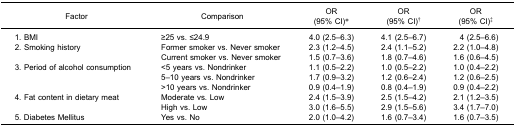
<table><thead><tr><td><b>Factor</b></td><td><b>Comparison</b></td><td><b>OR (95% CI)*</b></td><td><b>OR (95% CI)<sup>†</sup></b></td><td><b>OR (95% CI)<sup>‡</sup></b></td></tr></thead><tbody><tr><td>1. BMI</td><td>≥25 vs. ≤24.9</td><td>4.0 (2.5–6.3)</td><td>4.1 (2.5–6.7)</td><td>4 (2.5–6.6)</td></tr><tr><td>2. Smoking history</td><td>Former smoker vs. Never smoker</td><td>2.3 (1.2–4.5)</td><td>2.4 (1.1–5.2)</td><td>2.2 (1.0–4.8)</td></tr><tr><td> </td><td>Current smoker vs. Never smoker</td><td>1.5 (0.7–3.6)</td><td>1.8 (0.7–4.6)</td><td>1.6 (0.6–4.5)</td></tr><tr><td>3. Period of alcohol consumption</td><td>&lt;5 years vs. Nondrinker</td><td>1.1 (0.5–2.2)</td><td>1.0 (0.5–2.2)</td><td>1.0 (0.4–2.2)</td></tr><tr><td> </td><td>5–10 years vs. Nondrinker</td><td>1.7 (0.9–3.2)</td><td>1.2 (0.6–2.4)</td><td>1.2 (0.6–2.5)</td></tr><tr><td> </td><td>&gt;10 years vs. Nondrinker</td><td>0.9 (0.4–1.9)</td><td>0.8 (0.4–1.9)</td><td>0.9 (0.4–2.2)</td></tr><tr><td>4. Fat content in dietary meat</td><td>Moderate vs. Low</td><td>2.4 (1.5–3.9)</td><td>2.5 (1.5–4.2)</td><td>2.1 (1.2–3.5)</td></tr><tr><td> </td><td>High vs. Low</td><td>3.0 (1.6–5.5)</td><td>2.9 (1.5–5.6)</td><td>3.4 (1.7–7.0)</td></tr><tr><td>5. Diabetes Mellitus</td><td>Yes vs. No</td><td>2.0 (1.0–4.2)</td><td>1.6 (0.7–3.4)</td><td>1.6 (0.7–3.5)</td></tr></tbody></table>